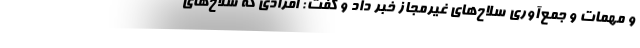
و مهمات و جمع‌آوری سلاح‌های غیرمجاز خبر داد و گفت: افرادی که سلاح‌های